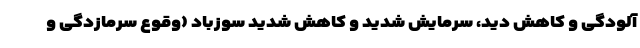
آلودگی و کاهش دید، سرمایش شدید و کاهش شدید سوزباد (وقوع سرمازدگی و